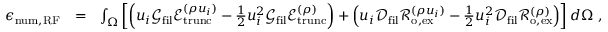
\begin{array} { r l r } { \epsilon _ { \mathrm { n u m , R F } } } & { = } & { \int _ { \Omega } \left[ \left( u _ { i } \mathcal { G } _ { \mathrm { f i l } } \mathcal { E } _ { \mathrm { t r u n c } } ^ { ( \rho u _ { i } ) } - \frac { 1 } { 2 } u _ { i } ^ { 2 } \mathcal { G } _ { \mathrm { f i l } } \mathcal { E } _ { \mathrm { t r u n c } } ^ { ( \rho ) } \right) + \left( u _ { i } \mathcal { D } _ { \mathrm { f i l } } \mathcal { R } _ { \mathrm { o , e x } } ^ { ( \rho u _ { i } ) } - \frac { 1 } { 2 } u _ { i } ^ { 2 } \mathcal { D } _ { \mathrm { f i l } } \mathcal { R } _ { \mathrm { o , e x } } ^ { ( \rho ) } \right) \right] d \Omega \ , } \end{array}